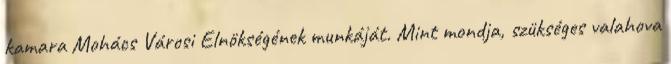
kamara Mohács Városi Elnökségének munkáját. Mint mondja, szükséges valahova